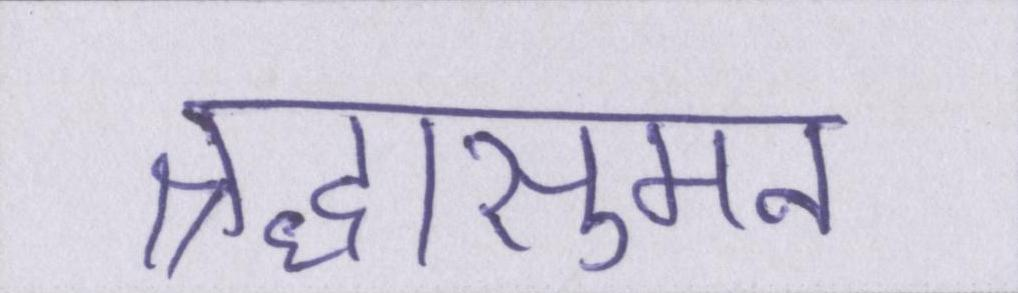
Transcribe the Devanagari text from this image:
श्रद्धासुमन